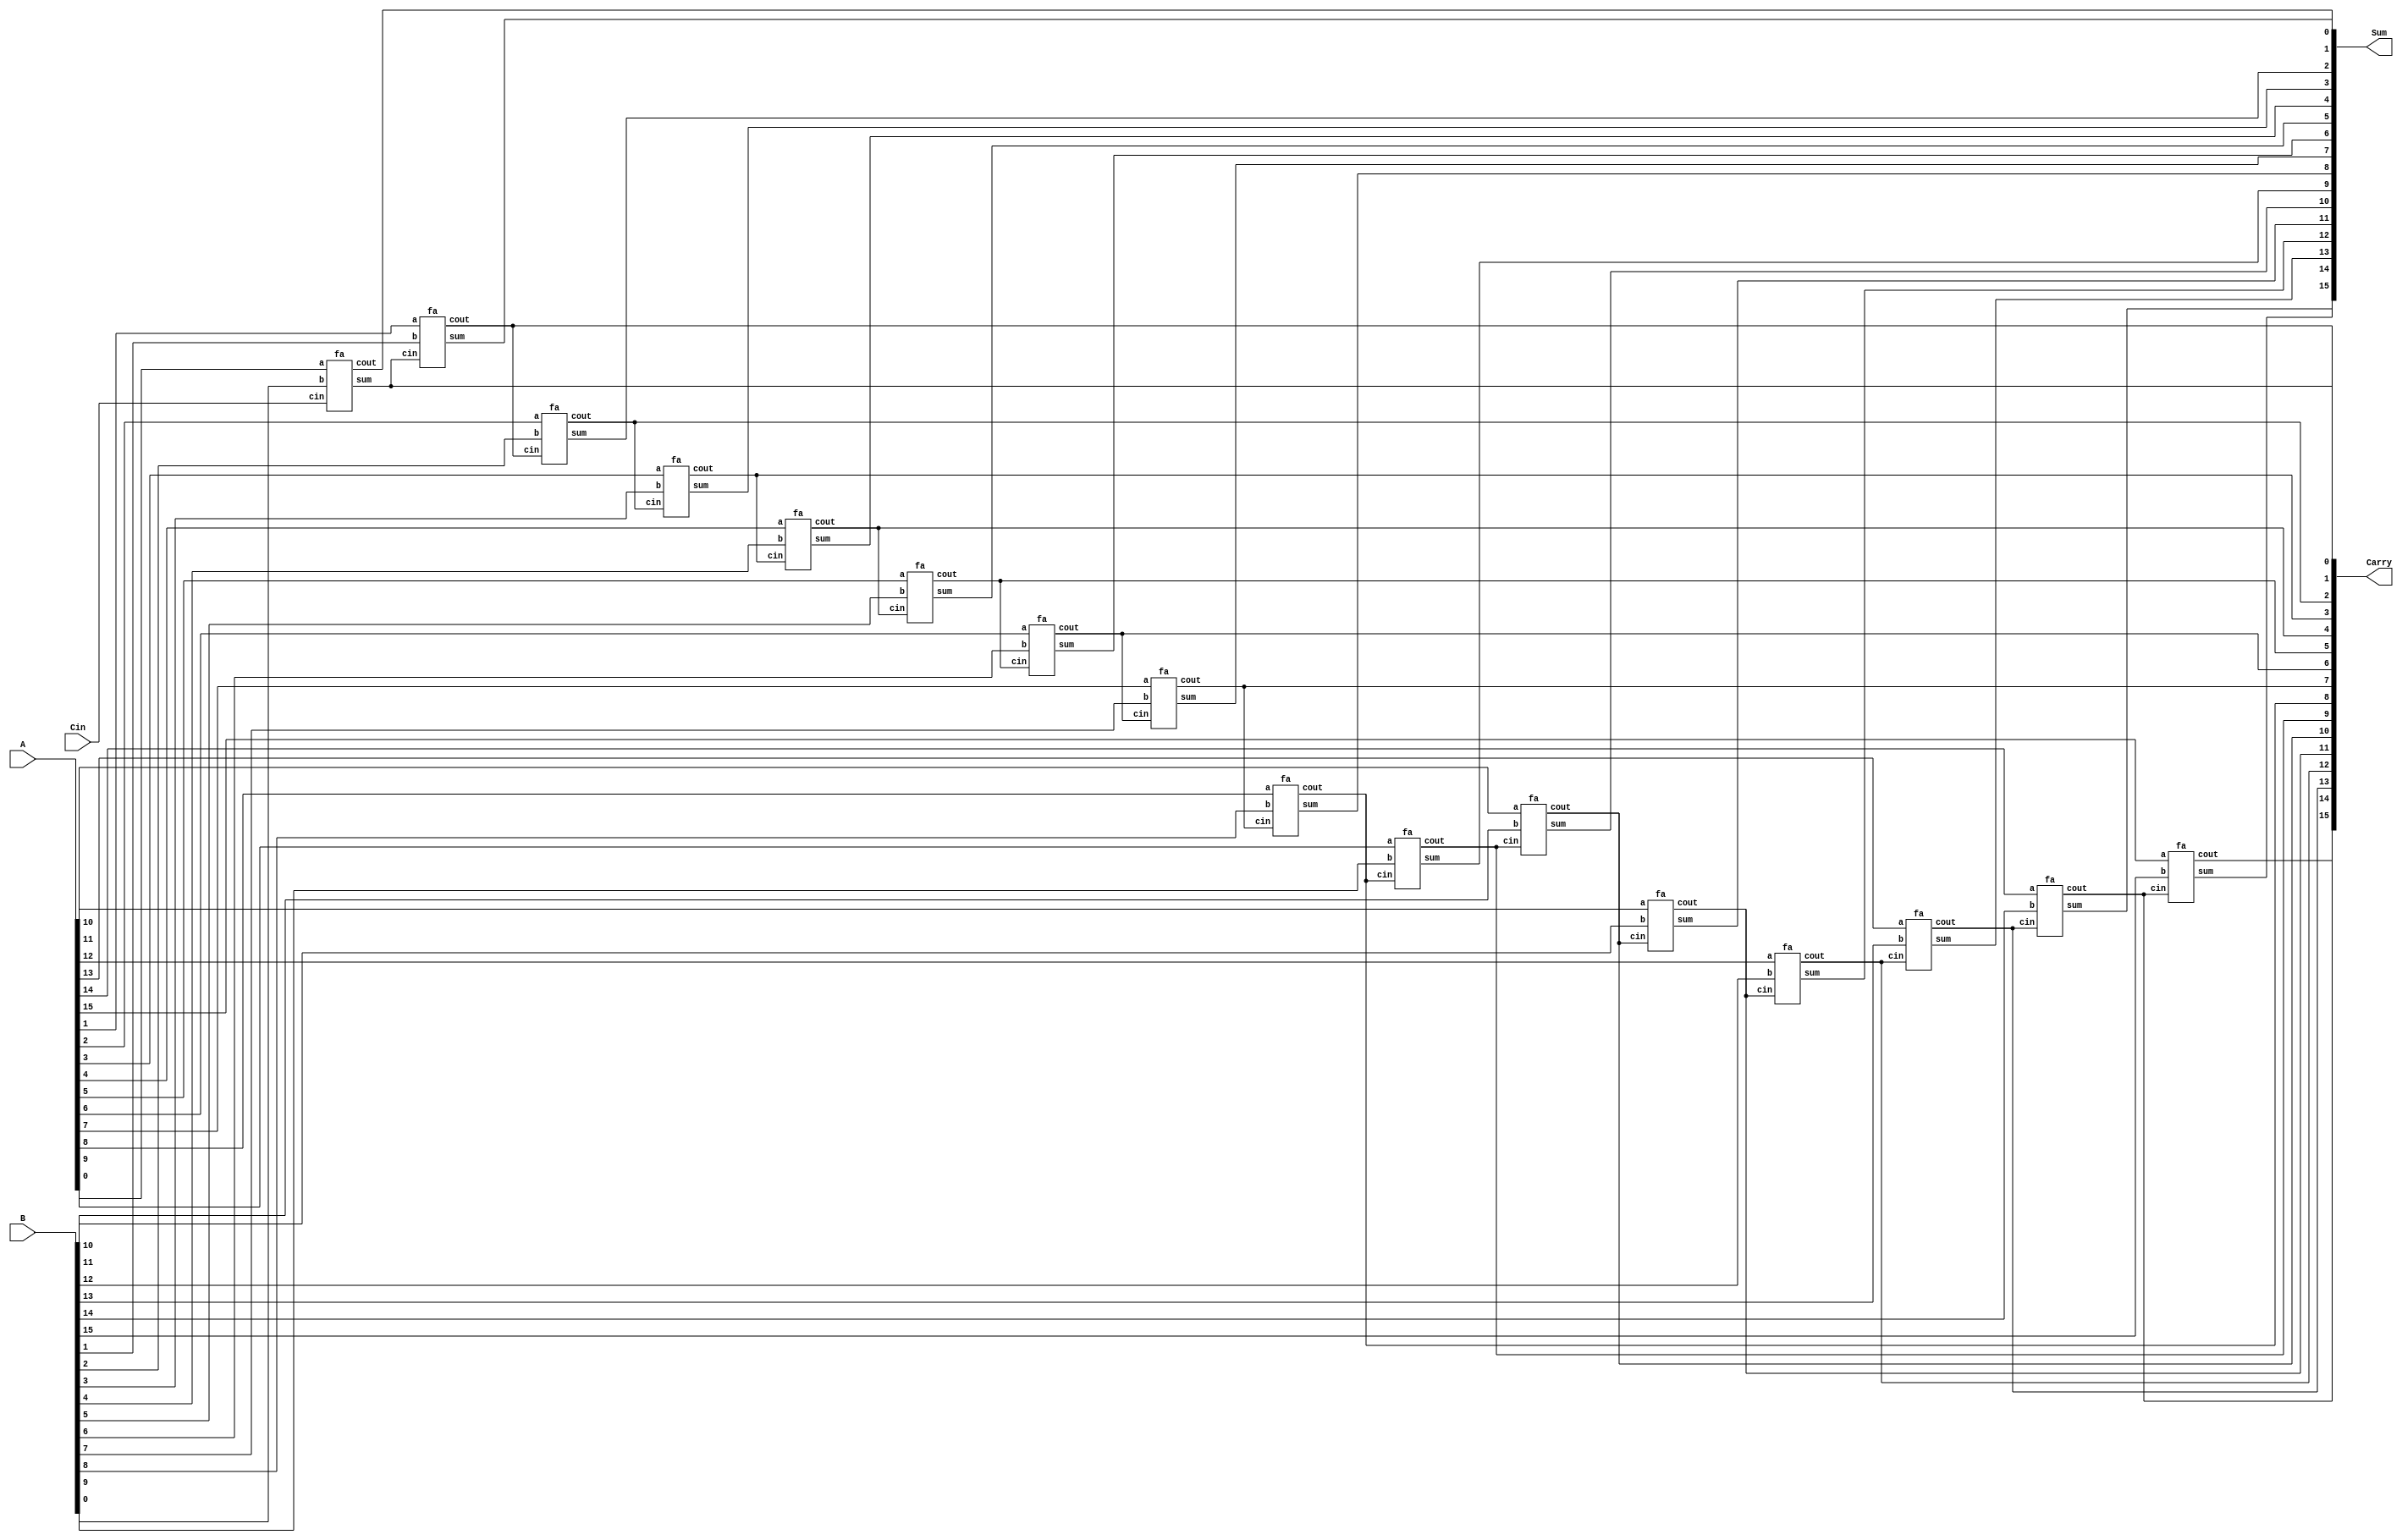
module FA16bitGS#(parameter N = 16)(A,B,Cin,Sum,Carry);
input [N-1:0] A;
input [N-1:0] B;
input Cin;
output [N-1:0] Sum;
output [N-1:0] Carry;
	fa h1(A[0],B[0],Cin,Carry[0],Sum[0]);
	generate
		genvar i;
		for(i=1;i<N;i=i+1)
			begin : FA16bitGS
				fa h1(A[i],B[i],Carry[i-1],Sum[i],Carry[i]);
			end
	endgenerate
endmodule
///////////////////////////////
module fa(a,b,cin,sum,cout);
input a,b,cin;
output cout,sum;
assign sum = a^b^cin;
assign cout = (a&b)|(b&cin)|(cin&a);
endmodule